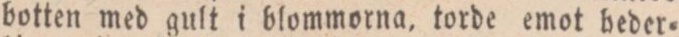
botten med gult i blommorna, torde emot heder=